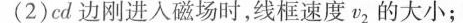
(2)cd边刚进入磁场时，线框速度v_{2}的大小；